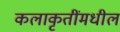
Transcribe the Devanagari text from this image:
कलाकृतींमधील